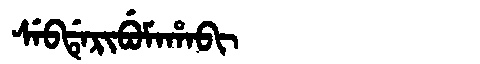
Manchu: ᠰᡝᠪᡩᡝᡵᡳᠪᡠᠮᠠᡥᠠᠪᡳ
Romanization: SEBDERIBUMAHABI